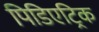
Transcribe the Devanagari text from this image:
पिडिएट्रिक